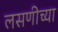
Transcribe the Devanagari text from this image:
लसणीच्या